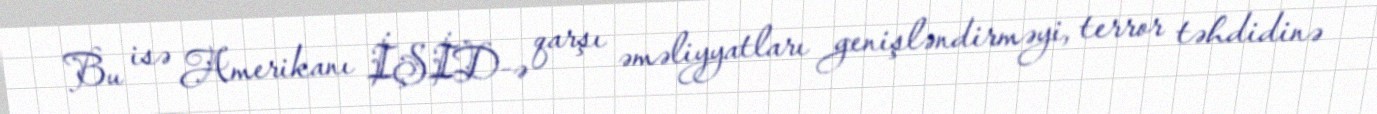
Bu isə Amerikanı İŞİD-ə qarşı əməliyyatları genişləndirməyi, terror təhdidinə